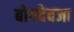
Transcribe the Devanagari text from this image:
बोगदेवजा